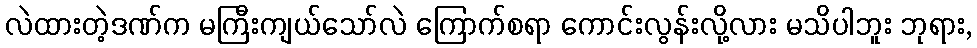
လဲထားတဲ့ဒဏ်က မကြီးကျယ်သော်လဲ ကြောက်စရာ ကောင်းလွန်းလို့လား မသိပါဘူး ဘုရား,